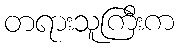
တရားသူကြီးက